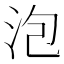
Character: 泡